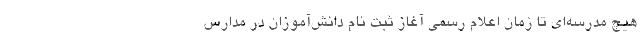
هیچ مدرسه‌ای تا زمان اعلام رسمی آغاز ثبت نام دانش‌آموزان در مدارس